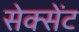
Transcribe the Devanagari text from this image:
सेक्सेंट